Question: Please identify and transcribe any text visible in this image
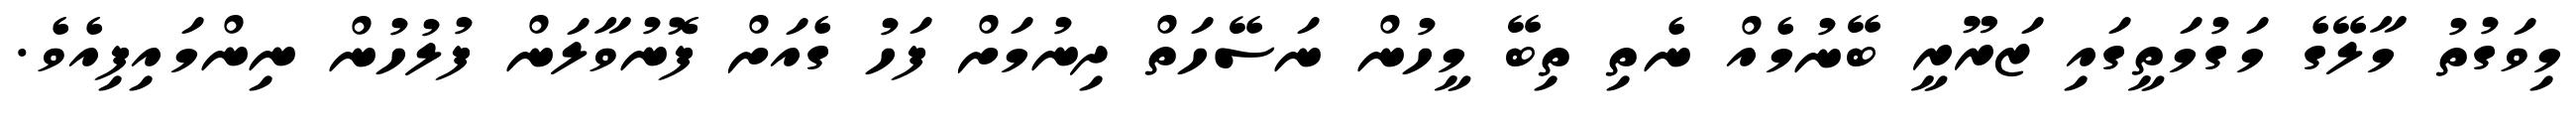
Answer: މިވަގުތު މާލޭގެ މަގުމަތީގައި ޒަރޫރީ ބޭނުމެއް ނެތި ތިބޭ މީހުން ނަސޭހަތް ދިނުމަށް ފަހު ގެއަށް ފޮނުވާލަން ފުލުހުން ނިންމައިފިއެވެ.